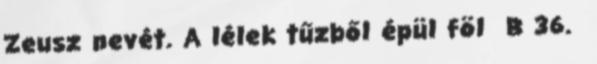
Zeusz nevét. A lélek tűzből épül föl B 36.